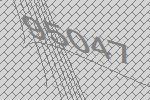
95047